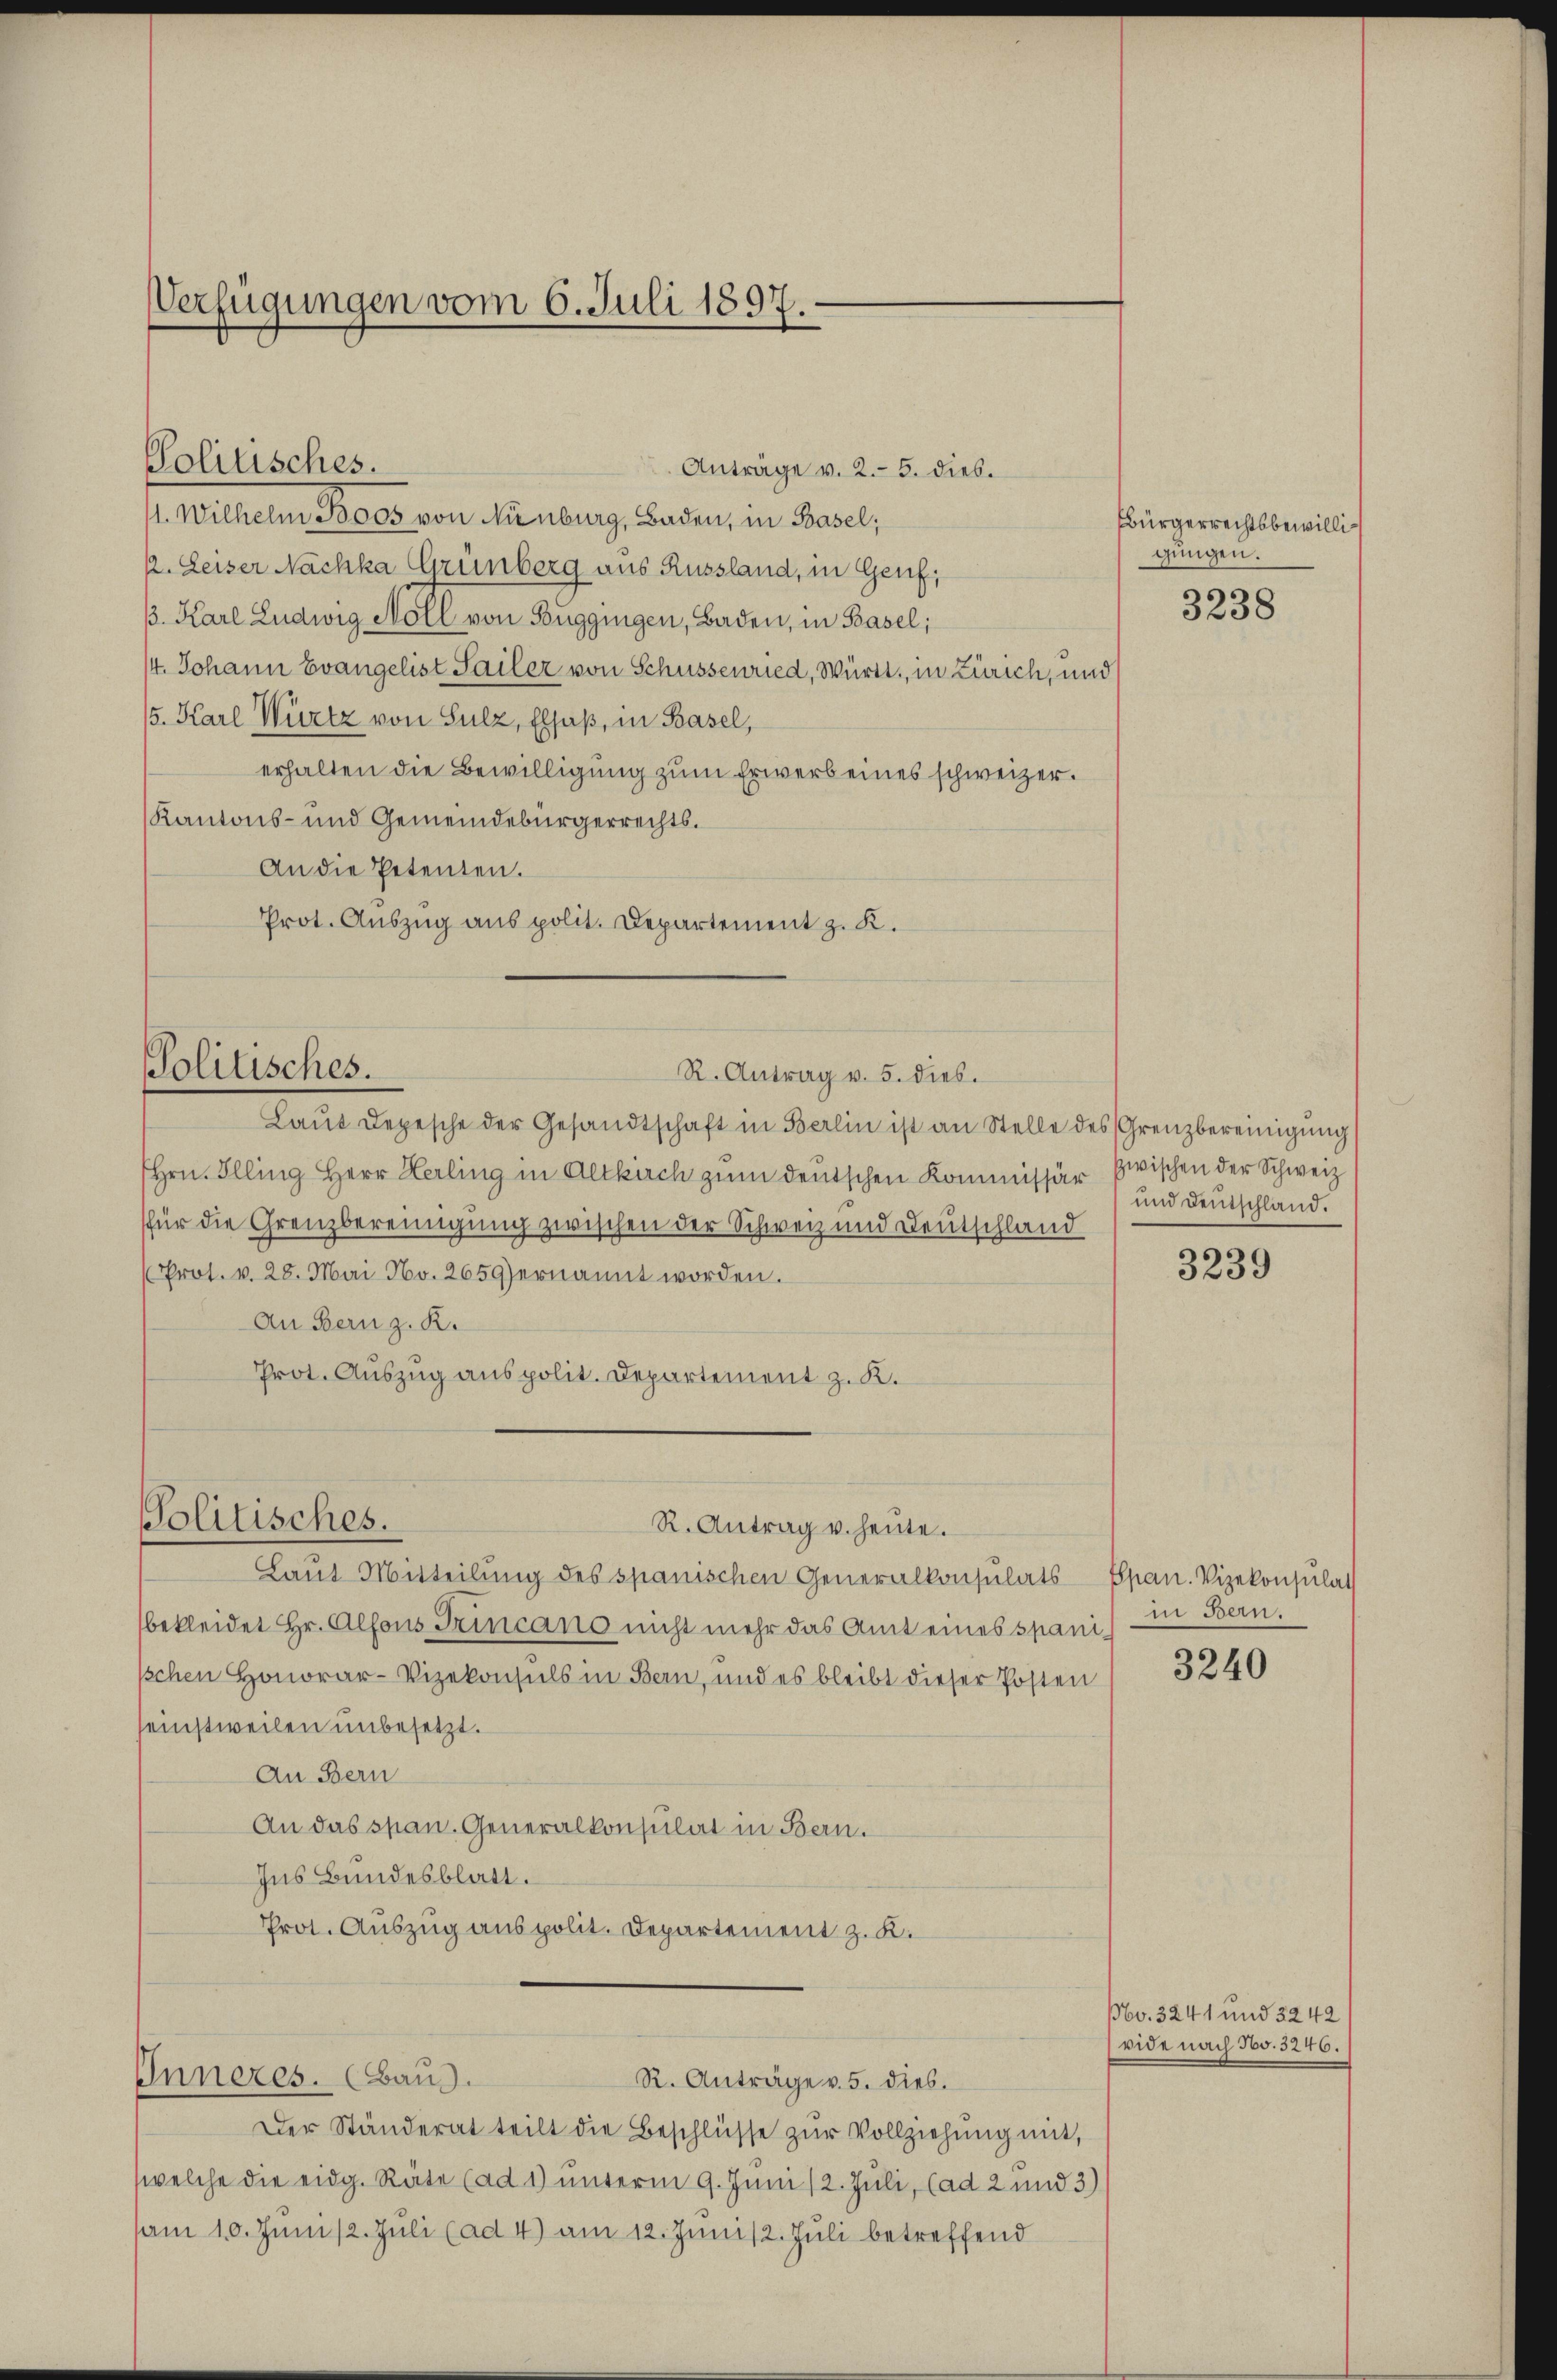
11. Wilhelm Boos von Ninburg, Baden, in Basel;
2. Leiser Nachka Grünberg aus Russland, in Genf,
B. Karl Ludwig Moll von Buggingen, Baden, in Basel;
/4. Johann Evangelist Sailer von Schüssenried, Württ., in Zürich, und
/5. Karl Würtz von Sulz, Elsaß, in Basel,
erhalten die Bewilligung zum Erwerb eines schweizer.
Kantons- und Gemeindebürgerrechts¬
An die Petenten.
Prot. Auszug aus polit. Departement z. K.

Verfügungen vom 6. Juli 1897.

Politisches.

Politisches.

Politisches.

Inneres. (Baus.

Anträge v. 2.- 5. dies.

R. Antrag v. 5. dies.

Laŭt Depesche der Gesandtschaft in Berlin ist an Stelle des Grenzbereinigung
Hrn. Illing Herr Herling in Altkirch zum deutschen Kommissär zwischen der Schweiz
für die Grenzbereinigung zwischen der Schweiz und Deutschland
(Prot. v. 28. Mai No. 2659) ernannt worden.
An Bern z. R.
Prot. Auszug aus polit. Departement z. K.

R. Antrag u. heute.

Laut Mitteilung des spanischen Generalkonsulats
bekleidet Hr. Alfons Trincano nicht mehr das Amt eines spanischen Honorar-Vizekonsuls in Bern, und es bleibt dieser Posten
seinstweilen unbesetzt.
An Bern
An das span. Generalkonsulat in Bern.
Ins Bundesblatt.
Prot. Auszug aus polit. Departement z. K.

Der Ständerat teilt die Beschlüsse zŭr Vollziehung mit,
welche die eidg. Rate (ad 1) unterm 9. Juni /2. Juli, (ad 2 und 3)
am 10. Juni /2. Jŭli (ad 4) am 12. Juni 2. Juli betreffend

R. Anträge v. 5. dies.

Bürgerrechtsbewilligungen.

3238

und Deutschland.

3239

Span. Vizekonsulat
in Bern.

3240

Nbv. 3241 und 3242
vide nach 500. 3240.